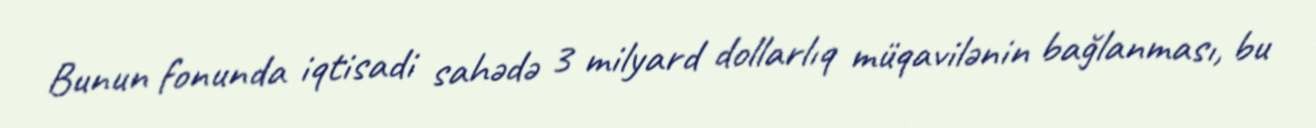
Bunun fonunda iqtisadi sahədə 3 milyard dollarlıq müqavilənin bağlanması, bu